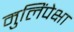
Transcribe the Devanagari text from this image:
मुलिंपेक्षा